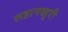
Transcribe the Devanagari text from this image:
लहानखुरी